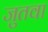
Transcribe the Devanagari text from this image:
जुतवा